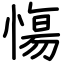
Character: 慯